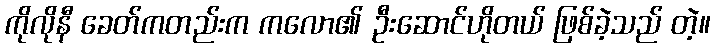
ကိုလိုနီ ခေတ်ကတည်းက ကလော၏ ဦးဆောင်ဟိုတယ် ဖြစ်ခဲ့သည် တဲ့။